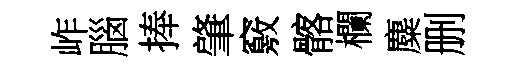
岞腦捧肇竅髂欄麋删